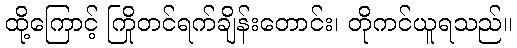
ထို့ကြောင့် ကြိုတင်ရက်ချိန်းတောင်း၊ တိုကင်ယူရသည်။